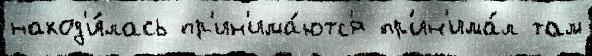
наход'и́лась пр'ин'има́ютс'я пр'ин'има́л там